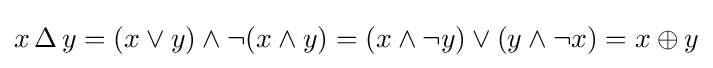
x\,\Delta \,y=(x\lor y)\land \lnot (x\land y)=(x\land \lnot y)\lor (y\land \lnot x)=x\oplus y